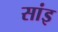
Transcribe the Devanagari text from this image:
सांइ